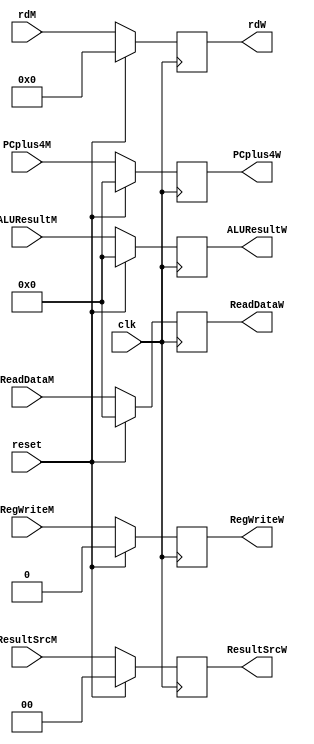
module W_pipe(clk, reset, RegWriteM, ResultSrcM, rdM, PCplus4M, RegWriteW, ResultSrcW, rdW, PCplus4W, ALUResultW, ReadDataW, ALUResultM, ReadDataM);
input clk, reset, RegWriteM; 
input [1:0] ResultSrcM;
input [4:0] rdM;
input [31:0] PCplus4M, ALUResultM, ReadDataM;
output reg RegWriteW;   
output reg [1:0] ResultSrcW;
output reg [4:0] rdW;
output reg [31:0] PCplus4W, ALUResultW, ReadDataW;

always @ (posedge clk)
begin
if (reset)
begin
PCplus4W   <= 0;
rdW        <= 0;
ResultSrcW <= 0;
RegWriteW  <= 0;
ALUResultW <= 0;
ReadDataW  <= 0;
end

else 
begin
PCplus4W   <= PCplus4M;
rdW        <= rdM;
ResultSrcW <= ResultSrcM;
RegWriteW  <= RegWriteM;
ALUResultW <= ALUResultM;
ReadDataW  <= ReadDataM;
end

end

endmodule